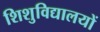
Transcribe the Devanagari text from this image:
शिशुविद्यालयों